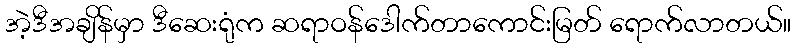
အဲ့ဒီအချိန်မှာ ဒီဆေးရုံက ဆရာဝန်ဒေါက်တာကောင်းမြတ် ရောက်လာတယ်။